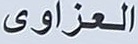
العزاوی